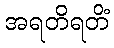
အရတိရတိံ